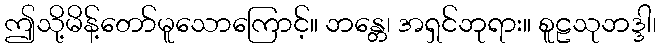
ဤသို့မိန့်တော်မူသောကြောင့်။ ဘန္တေ၊ အရှင်ဘုရား။ စူဠသုဘဒ္ဒါ၊